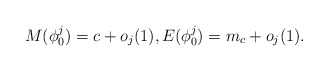
\begin{align*}M(\phi_0^j)=c+o_j(1),E(\phi_0^j)=m_c+o_j(1).\end{align*}